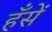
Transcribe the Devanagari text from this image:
हँसें